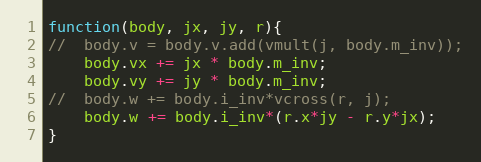
Language: JavaScript
function(body, jx, jy, r){
//  body.v = body.v.add(vmult(j, body.m_inv));
    body.vx += jx * body.m_inv;
    body.vy += jy * body.m_inv;
//  body.w += body.i_inv*vcross(r, j);
    body.w += body.i_inv*(r.x*jy - r.y*jx);
}